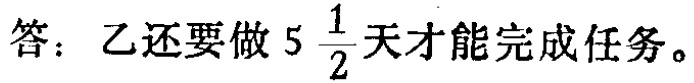
答：乙还要做 \(5\frac{1}{2}\) 天才能完成任务。